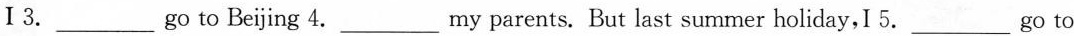
Ⅰ3.___ go to Beijing 4._ my parents. But last summer holiday,I 5.___go to